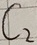
Text: C2